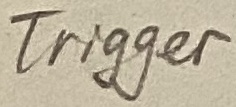
Text: Trigger